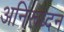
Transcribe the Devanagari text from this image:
अनिरूध्दन